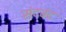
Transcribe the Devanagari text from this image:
संदबंद